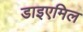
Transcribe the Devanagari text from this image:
डाइएमिल